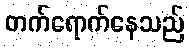
တက်ရောက်နေသည်